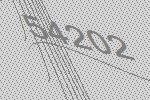
54202